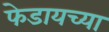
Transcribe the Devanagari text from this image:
फेडायच्या